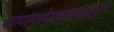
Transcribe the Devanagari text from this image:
पाणशेवाळाचाही